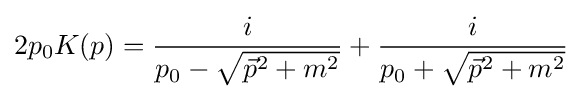
2p_{0}K(p)={\frac {i}{p_{0}-{\sqrt {{\vec {p}}^{2}+m^{2}}}}}+{\frac {i}{p_{0}+{\sqrt {{\vec {p}}^{2}+m^{2}}}}}